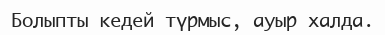
Болыпты кедей түрмыс, ауыр халда.